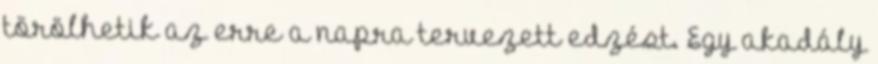
törölhetik az erre a napra tervezett edzést. Egy akadály